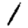
Digit: 1